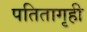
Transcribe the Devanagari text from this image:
पतितागृही